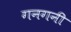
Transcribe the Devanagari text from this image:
गनगनी